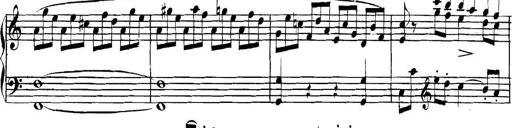
Title: Collected Piano Sonatas
Composer: Muzio Clementi